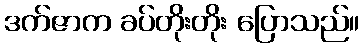
ဒက်ဇာက ခပ်တိုးတိုး ပြောသည်။